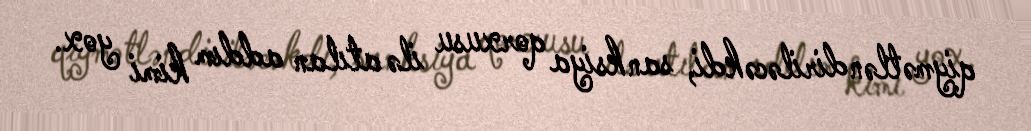
qiymətləndiriləcəkdi, sanksiya qorxusu ilə atılan addım kimi yox.